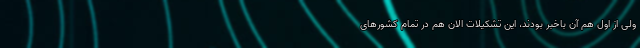
ولی از اول هم آن باخبر بودند، این تشکیلات الان هم در تمام کشورهای